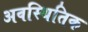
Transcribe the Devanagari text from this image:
अवस्थितिक